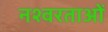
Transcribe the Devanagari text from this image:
नश्वरताओं